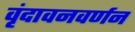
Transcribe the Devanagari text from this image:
वृंदावनवर्णन